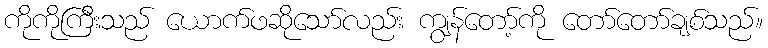
ကိုကိုကြီးသည် ယောက်ဖဆိုသော်လည်း ကျွန်တော့်ကို တော်တော်ချစ်သည်။